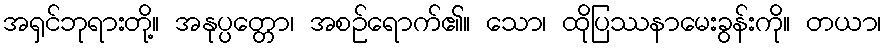
အရှင်ဘုရားတို့။ အနုပ္ပတ္တော၊ အစဉ်ရောက်၏။ သော၊ ထိုပြဿနာမေးခွန်းကို။ တယာ၊